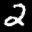
Label: 2